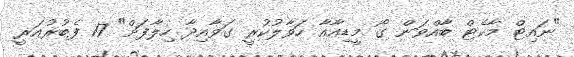
"ނައިޓް މާކެޓް ބާއްވަން ގޯ މީޑިއާއާ ހަވާލުކުރީ ގަވާއިދާ ހިލާފަށް" 17 ފެބުރުއަރީ